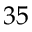
3 5